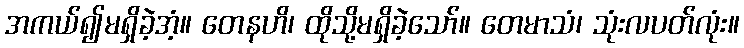
အကယ်၍မရှိခဲ့အံ့။ တေနဟိ၊ ထိုသို့မရှိခဲ့သော်။ တေမာသံ၊ သုံးလပတ်လုံး။